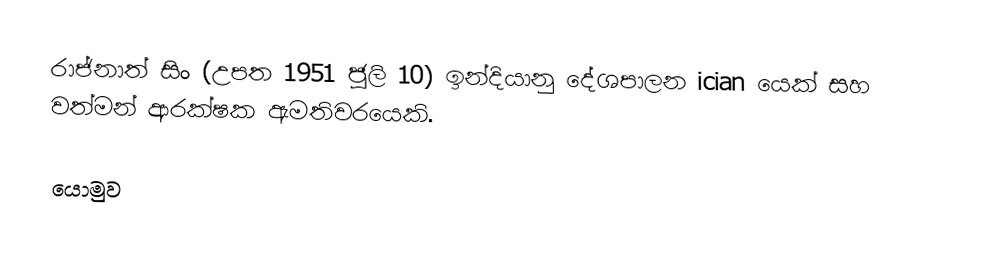
රාජ්නාත් සිං (උපත 1951 ජූලි 10) ඉන්දියානු දේශපාලන ician යෙක් සහ වත්මන් ආරක්ෂක ඇමතිවරයෙකි.

යොමුව